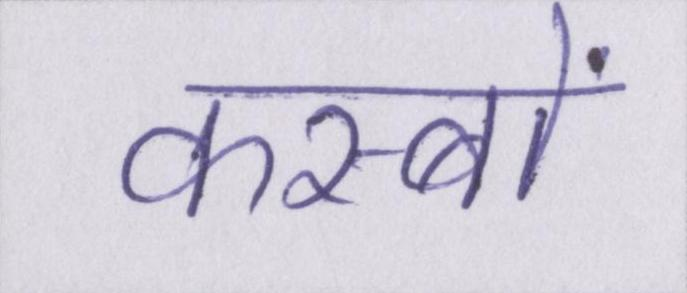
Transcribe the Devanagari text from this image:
कस्बों